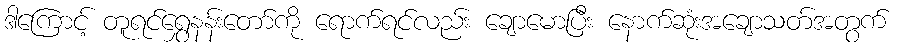
ဒါကြောင့် တူရင်ရွှေနန်းတော်ကို ရောက်ရင်လည်း ချောမောပြီး နောက်ဆုံးအချောသတ်အတွက်